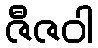
ဇီဇဝါ